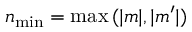
n _ { \mathrm { m i n } } = \operatorname* { m a x } { ( | m | , | m ^ { \prime } | ) }